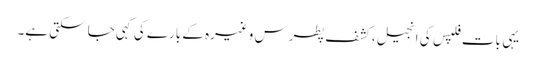
یہی بات فِلپس کی انجیل، کشفِ پطرس وغیرہ کے بارے کی کہی جا سکتی ہے۔